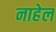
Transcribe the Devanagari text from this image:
नाहेल